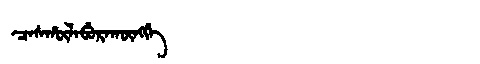
Manchu: ᠴᠠᠰᡥᡡᠯᠠᠪᡠᡵᠠᡴᡡᠩᡤᡝ
Romanization: CASHŪLABURAKŪNGGE